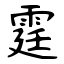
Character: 霆